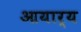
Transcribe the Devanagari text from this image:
आयार्य